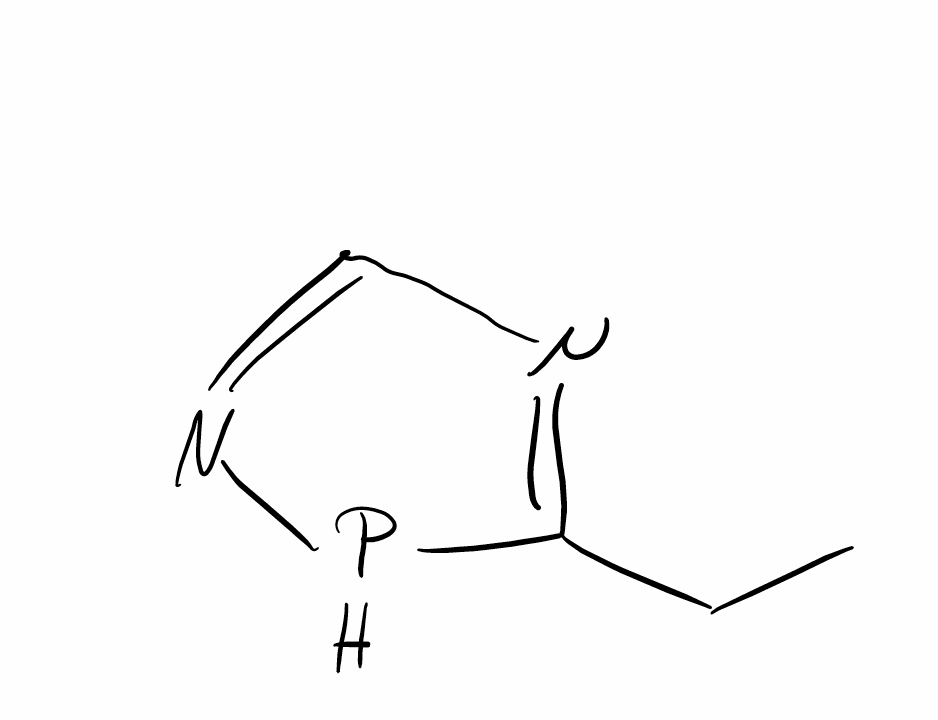
Simplified molecular-input line-entry system (SMILES) notation of the given molecule:
CCC1=NC=NP1